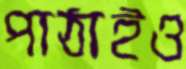
পাঠাইও